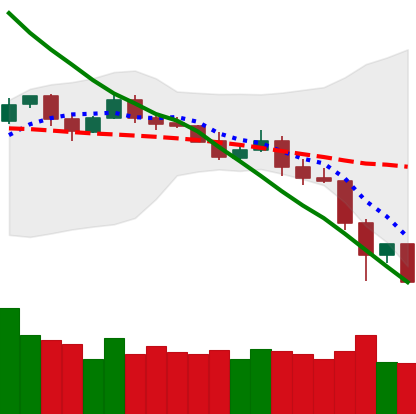
Ticker: LTC-USD
Chart end date: 2019-11-24
Forward return: 9.266%
Label: up_7plus